Plague in India, 1896, 1897 - Volume 3
Year: 1896
Disease focus: Plague
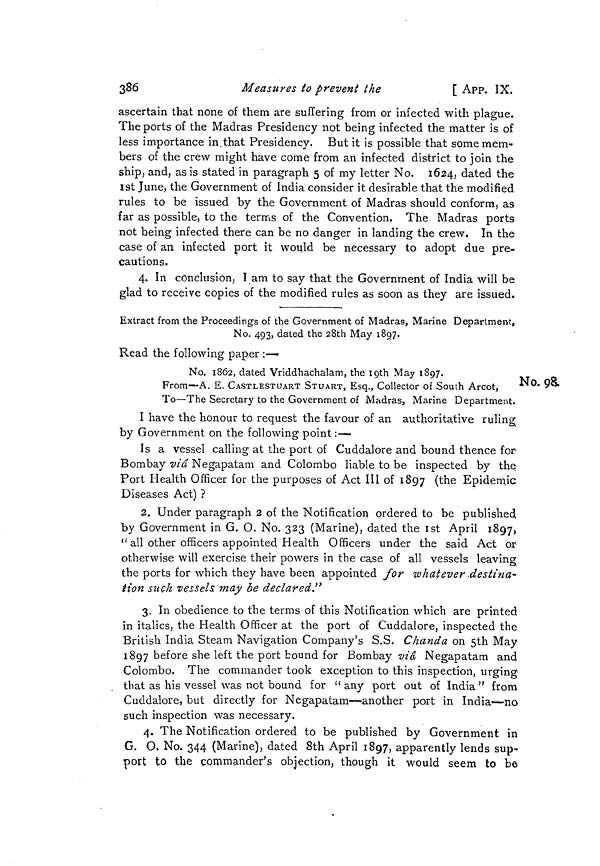
386
Measures to prevent the
[ APP. IX.
ascertain that none of them are suffering from or infected with plague.
The ports of the Madras Presidency not being infected the matter is of
less importance in,that Presidency. But it is possible that some mem-
bers of the crew might have come from an infected district to join the
ship, and, as is stated in paragraph 5 of my letter No. 1624, dated the
1st June, the Government of India consider it desirable that the modified
rules to be issued by the Government of Madras should conform, as
far as possible, to the terms of the Convention. The Madras ports
not being infected there can be no danger in landing the crew. In the
case of an infected port it would be necessary to adopt due pre-
cautions.
4. In conclusion, I am to say that the Government of India will be
glad to receive copies of the modified rules as soon as they are issued.
Extract from the Proceedings of the Government of Madras, Marine Department,
No. 493, dated the 28th May 1897.
Read the following paper :—
No.98
No. 1862, dated Vriddhachalam, the igth May 1897.
From—A. E. CASTLESTUART STUART, Esq., Collector of South Arcot,
To—The Secretary to the Government of Madras, Marine Department.
I have the honour to request the favour of an authoritative ruling
by Government on the following point :—
Is a vessel calling at the port of Cuddalore and bound thence for
Bombay m'a Negapatam and Colombo liable to be inspected by the
Port Health Officer for the purposes of Act III of 1897 ( the Epidemic
Diseases Act) ?
2. Under paragraph 2 of the Notification ordered to be published
by Government in G. O. No. 323 (Marine), dated the 1st April 1897
" all other officers appointed Health Officers under the said Act or
otherwise will exercise their powers in the case of all vessels leaving
the ports for which they have been appointed for whatever .destina-
tion such vessels may be declared."
3. In obedience to the terms of this Notification which are printed
in italics, the Health Officer at the port of Cuddalore, inspected the
British India Steam Navigation Company's S.S. Chanda on 5th May
1897 before she left the port bound for Bombay via Negapatam and
Colombo. The commander took exception to this inspection, urging
that as his vessel was not bound for " any port out of India " from
Cuddalore, but directly for Negapatam—another port in India—no
such inspection was necessary.
4. The Notification ordered to be published by Government in
G. O. No. 344 (Marine), dated 8th April 1897, apparently lends sup-
port to the commander's objection, though it would seem to be